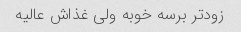
زود‌تر برسه خوبه ولی غذاش عالیه